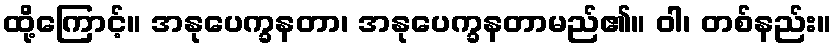
ထို့ကြောင့်။ အနုပေက္ခနတာ၊ အနုပေက္ခနတာမည်၏။ ဝါ၊ တစ်နည်း။